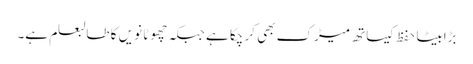
بڑابیٹا حفظ کیساتھ میڑک بھی کر چکا ہے جبکہ چھوٹا نویں کا طالبعلم ہے۔